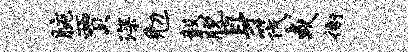
腕贾深勉毅脱身筏或衙